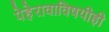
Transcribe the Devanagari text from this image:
पेहेरावाविषयीही